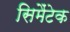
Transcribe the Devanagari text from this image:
सिमैंटेक